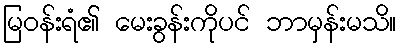
မြဝန်းရံ၏ မေးခွန်းကိုပင် ဘာမှန်းမသိ။